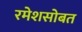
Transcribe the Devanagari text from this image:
रमेशसोबत